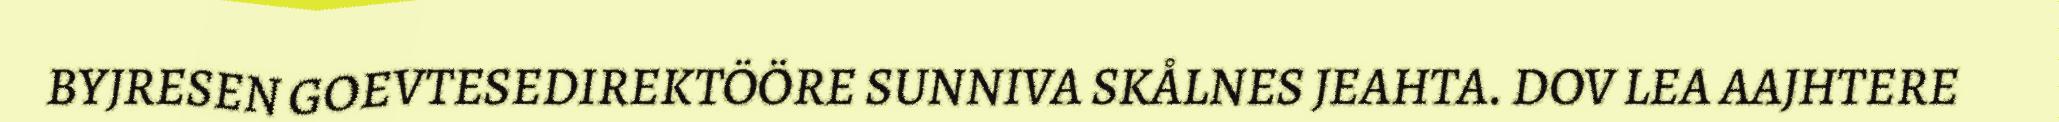
BYJRESEN GOEVTESEDIREKTÖÖRE SUNNIVA SKÅLNES JEAHTA. DOV LEA AAJHTERE